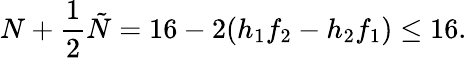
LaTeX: N+\frac{1}{2}\tilde{N}=16-2(h_{1}f_{2}-h_{2}f_{1})\leq 16.